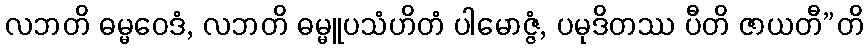
လဘတိ ဓမ္မဝေဒံ, လဘတိ ဓမ္မူပသံဟိတံ ပါမောဇ္ဇံ, ပမုဒိတဿ ပီတိ ဇာယတီ”တိ